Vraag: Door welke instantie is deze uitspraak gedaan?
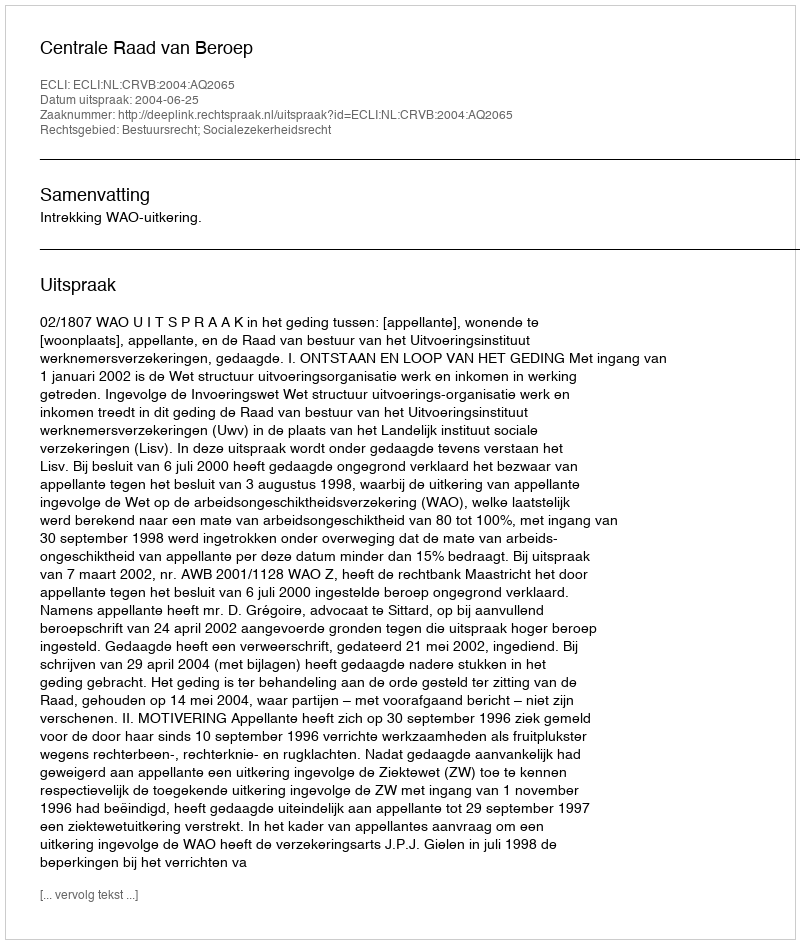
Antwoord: Centrale Raad van Beroep